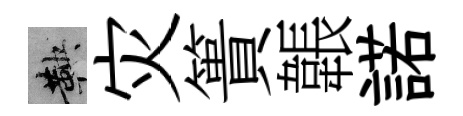
鞅灾簣韔諾